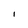
Character: 1